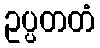
ဥပ္ပတတံ